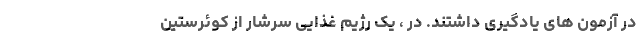
در آزمون های یادگیری داشتند. در ، یک رژیم غذایی سرشار از کوئرستین